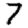
Digit: 7